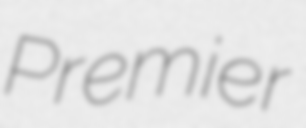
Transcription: Premier